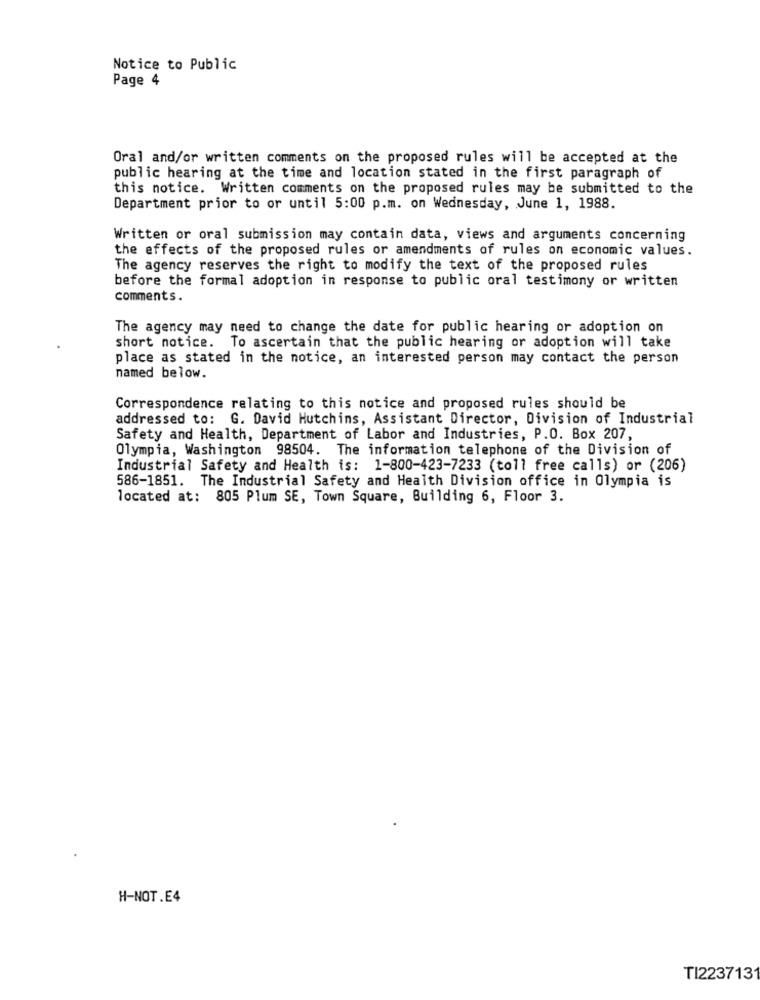
Notice to Public
Page 4
Oral and/or written comments on the proposed rules will be accepted at the
public hearing at the time and location stated in the first paragraph of
this notice. Written comments on the proposed rules may be submitted to the
Department prior to or until 5:00 p.m. on Wednesday, June 1, 1988.
Written or oral submission may contain data, views and arguments concerning
the effects of the proposed rules or amendments of rules on economic values.
The agency reserves the right to modify the text of the proposed rules
before the formal adoption in response to public oral testimony or written
comments.
The agency may need to change the date for public hearing or adoption on
short notice. To ascertain that the public hearing or adoption will take
place as stated in the notice, an interested person may contact the person
named below.
Correspondence relating to this notice and proposed rules should be
addressed to: G. David Hutchins, Assistant Director, Division of Industrial
Safety and Health, Department of Labor and Industries, P.O. Box 207,
Olympia, Washington 98504. The information telephone of the Division of
Industrial Safety and Health is: 1-800-423-7233 (toll free calls) or (206)
586-1851. The Industrial Safety and Health Division office in Olympia is
located at: 805 Plum SE, Town Square, Building 6, Floor 3.
H-NOT.E4
TI223713